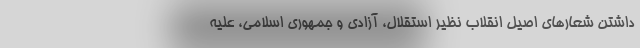
داشتن شعارهای اصیل انقلاب نظیر استقلال، آزادی و جمهوری اسلامی، علیه